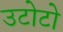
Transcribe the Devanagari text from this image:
उटोटो